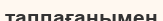
таппағанымен